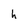
Character: h